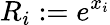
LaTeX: R_{i}:=e^{x_{i}}